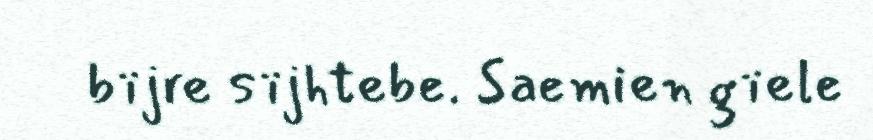
bïjre sïjhtebe. Saemien gïele